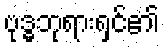
ဗုဒ္ဓဘုရားရှင်၏